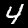
Digit: 4